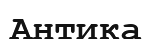
Антика